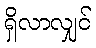
ရှိလာလျှင်